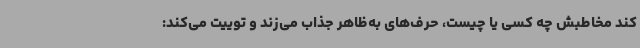
کند مخاطبش چه کسی یا چیست، حرف‌های به‌ظاهر جذاب می‌زند و توییت می‌کند: